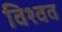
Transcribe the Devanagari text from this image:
विश्वव